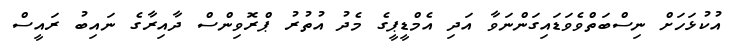
އުކުޅަހަށް ނިސްބަތްވެވަޑައިގަންނަވާ އަދި އެމްޑީޕީގެ މެދު އުތުރު ޕްރޮވިންސް ދާއިރާގެ ނައިބު ރައީސް